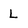
Character: L